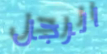
الرجل